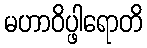
မဟာဝိပ္ဖါရောတိ